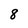
Character: 8